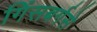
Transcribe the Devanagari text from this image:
गिंसबर्गसे